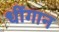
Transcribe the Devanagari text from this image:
धींगान